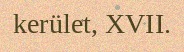
kerület, XVII.